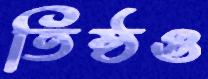
তিষ্ঠও